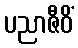
ပညာဇီဝိံ